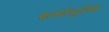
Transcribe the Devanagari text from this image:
फार्मास्यूटिक्स